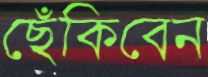
ছেঁকিবেন